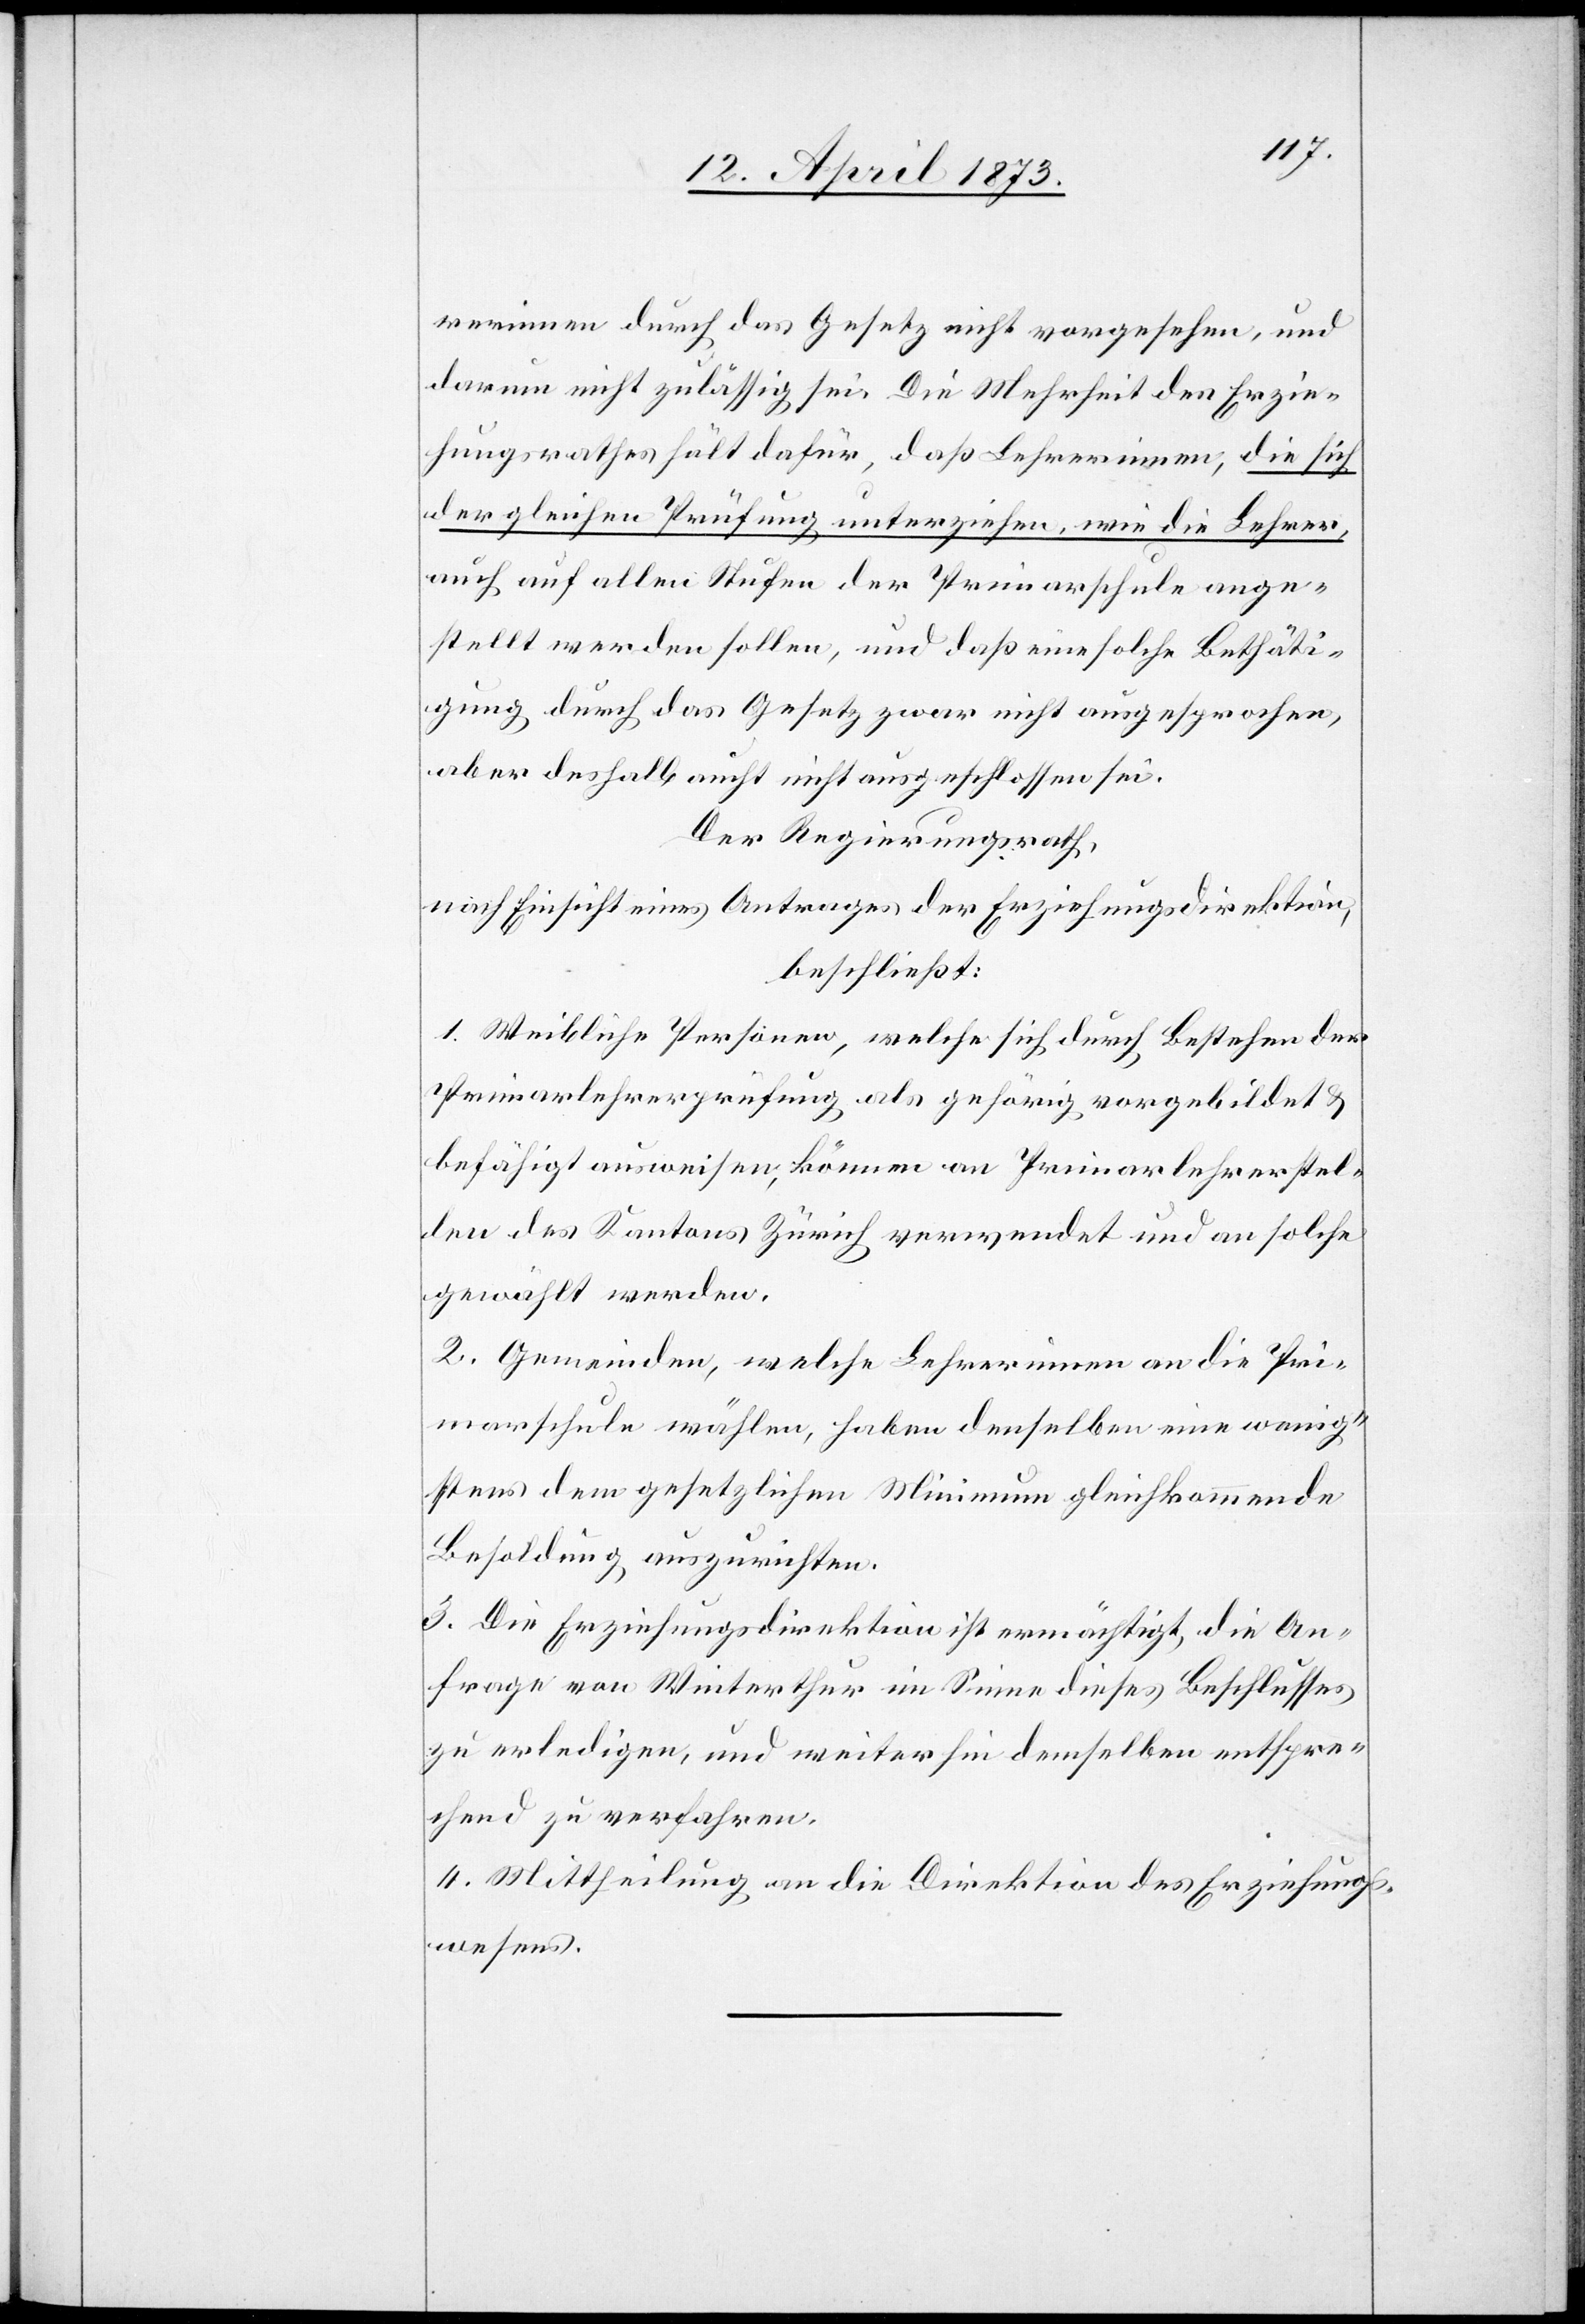
rerinnen durch das Gesetz nicht vorgesehen, und
darum nicht zulässig sei. Die Mehrheit des Erzie¬
hungsrathes hält dafür, daß Lehrerinnen, die sich
der gleichen Prüfung unterziehen, wie die Lehrer,
auch auf allen Stufen der Primarschule ange¬
stellt werden sollen, und daß eine solche Bethäti¬
gung durch das Gesetz zwar nicht ausgesprochen,
Der Regierungsrath,
nach Einsicht eines Antrages der Erziehungsdirektion,
beschließt:
1. Weibliche Personen, welche sich durch Bestehen der
Primarlehrerprüfung als gehörig vorgebildet &
befähigt ausweisen, können an Primarlehrerstel¬
len des Kantons Zürich verwendet und an solche
gewählt werden.
2. Gemeinden, welche Lehrerinnen an die Pri¬
marschule wählen, haben denselben eine wenig¬
stens dem gesetzlichen Minimum gleichkommende
Besoldung auszurichten.
3. Die Erziehungsdirektion ist ermächtigt, die An¬
frage von Winterthur im Sinne dieses Beschlusses
zu erledigen, und weiterhin demselben entspre¬
chend zu verfahren.
4. Mittheilung an die Direktion des Erziehungs¬
wesens.